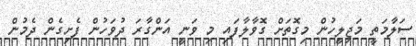
ސަލާމަތީ މަޖިލީހުން މިގޮތަށް ގޮވާލާފައި މި ވަނީ އަންގާރަ ދުވަހުން ފެށިގެން ދެމުން